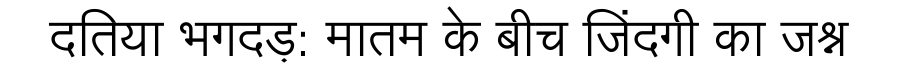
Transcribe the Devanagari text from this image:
दतिया भगदड़: मातम के बीच जिंदगी का जश्न